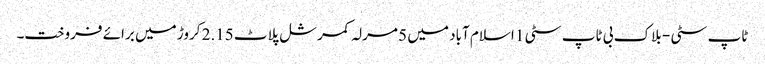
ٹاپ سٹی - بلاک بی ٹاپ سٹی 1 اسلام آباد میں 5 مرلہ کمرشل پلاٹ 2.15 کروڑ میں برائے فروخت۔